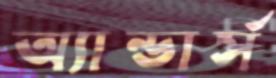
অ্যান্ডার্স